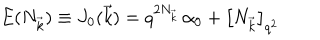
LaTeX: E ( N _ { \vec { k } } ) \equiv J _ { 0 } ( \vec { k } ) = q ^ { 2 N _ { \vec { k } } } \, \alpha _ { 0 } + \left[ N _ { \vec { k } } \right] _ { q ^ { 2 } }